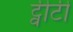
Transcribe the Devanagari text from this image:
ट्वीटी